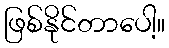
ဖြစ်နိုင်တာပေါ့။